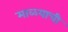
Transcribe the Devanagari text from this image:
माळ्याची